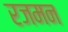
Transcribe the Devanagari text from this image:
रजमन